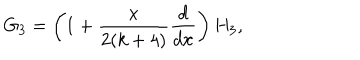
G _ { 3 } = \left( 1 + { \frac { x } { 2 ( k + 4 ) } } { \frac { d } { d x } } \right) H _ { 3 } ,